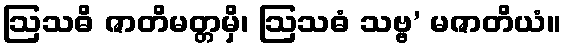
ဩသဓိ ဇာတိမတ္တမှိ၊ ဩသဓံ သဗ္ဗ’ မဇာတိယံ။